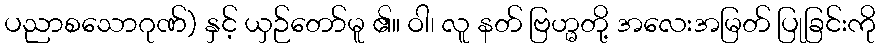
ပညာစသောဂုဏ်) နှင့် ယှဉ်တော်မူ ၏။ ဝါ၊ လူ နတ် ဗြဟ္မတို့ အလေးအမြတ် ပြုခြင်းကို